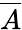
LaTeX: \overline{{A}}